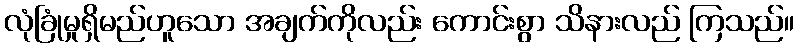
လုံခြုံမှုရှိမည်ဟူသော အချက်ကိုလည်း ကောင်းစွာ သိနားလည် ကြသည်။